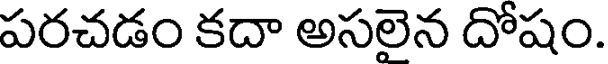
పరచడం కదా అసలెన దోషం.